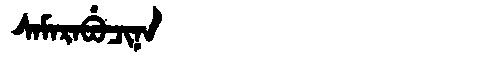
Manchu: ᠰᠠᠮᠠᡵᠠᠪᡠᠴᡳᠨᠠ
Romanization: SAMARABUCINA